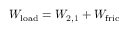
W _ { \mathrm { l o a d } } = W _ { \mathrm { 2 , 1 } } + W _ { \mathrm { f r i c } }